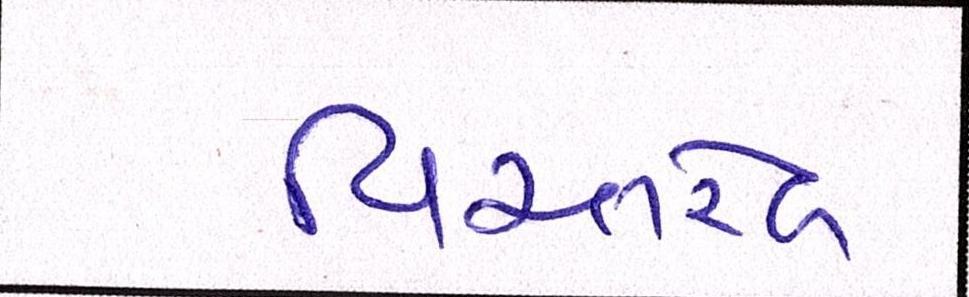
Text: વિસ્તરેલ